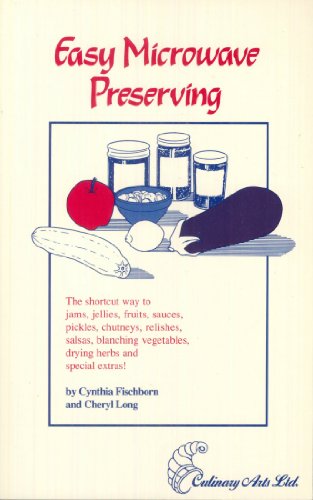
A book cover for Easy Microwave Preserving: The Shortcut Way to Preserve Your Favorite Foods; Cynthia Fischborn; Cookbooks, Food & Wine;